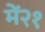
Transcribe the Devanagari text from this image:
में२१